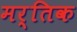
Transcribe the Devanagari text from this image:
मर्तिक